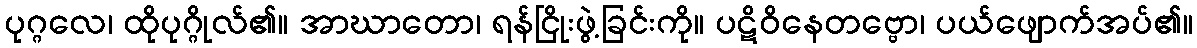
ပုဂ္ဂလေ၊ ထိုပုဂ္ဂိုလ်၏။ အာဃာတော၊ ရန်ငြိုးဖွဲ့ခြင်းကို။ ပဋိဝိနေတဗ္ဗော၊ ပယ်ဖျောက်အပ်၏။